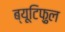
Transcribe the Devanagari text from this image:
ब्यूटिफ़ुल